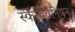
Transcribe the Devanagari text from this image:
स्केंडिवेनियन